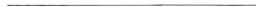
___